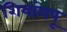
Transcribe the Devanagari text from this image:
शियांगपू